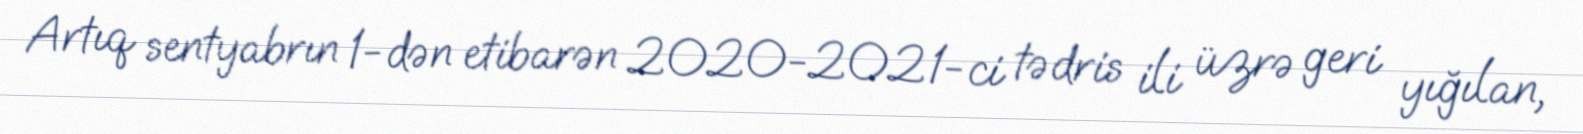
Artıq sentyabrın 1-dən etibarən 2020-2021-ci tədris ili üzrə geri yığılan,